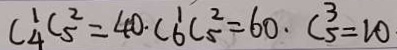
C _ { 4 } ^ { 1 } C _ { 5 } ^ { 2 } = 4 0 \cdot C _ { 6 } ^ { 1 } C _ { 5 } ^ { 2 } = 6 0 \cdot C _ { 5 } ^ { 3 } = 1 0